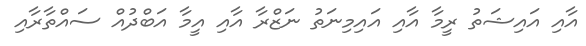
އާއި އައިޝަތު ރީމާ އާއި އައިމިނަތު ނަޒްރާ އާއި އީމާ އަބްދުއް ސައްތާރާއި